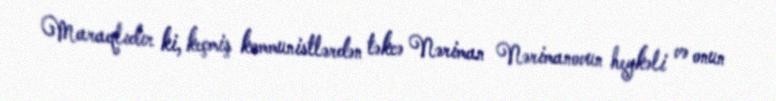
Maraqlıdır ki, keçmiş kommunistlərdən təkcə Nəriman Nərimanovun heykəli və onun